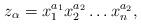
LaTeX: \begin{align*}z_\alpha=x_1^{a_1}x_2^{a_2}\ldots x_n^{a_2},\end{align*}